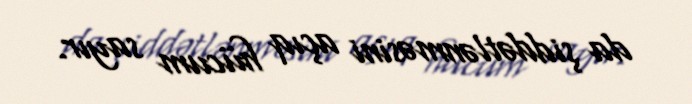
da şiddətlənməsini açıq hücum sayır.